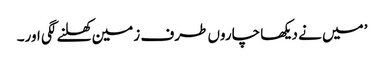
’میں نے دیکھا چاروں طرف زمین کھلنے لگی اور۔